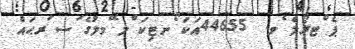
ޕެ ްޓރޯލެ ެވ.  44655އަކަ ޯނޓިކަ ްލ ޭމލުގެ ަސ ަރޙައް